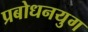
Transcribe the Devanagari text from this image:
प्रबोधनयुग